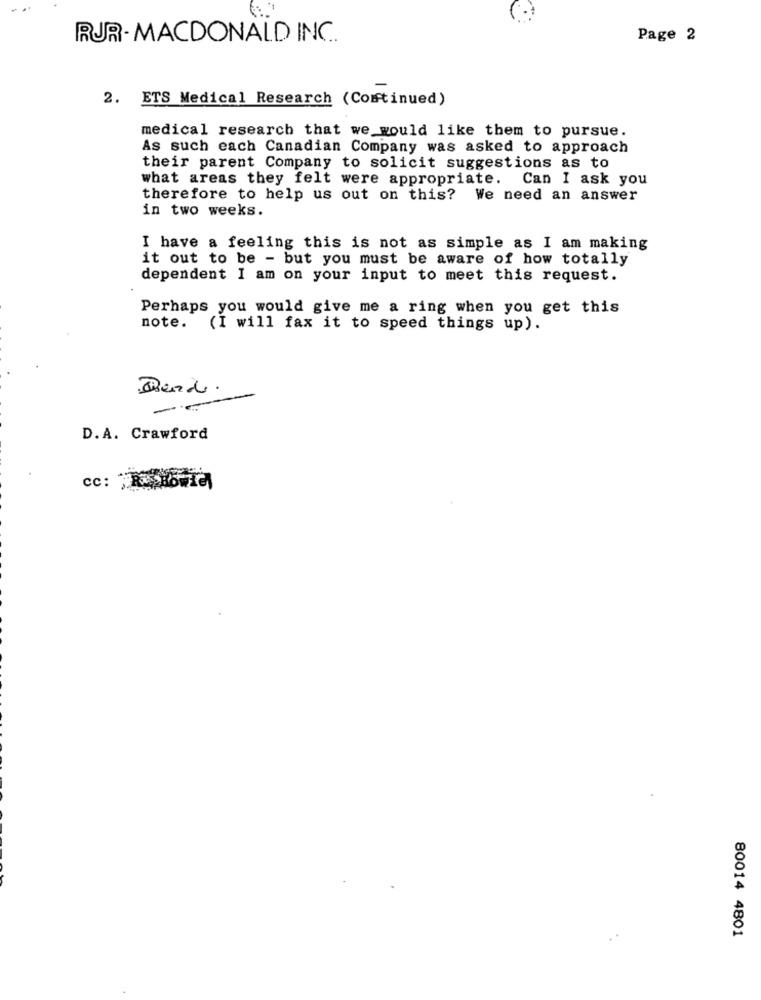
RJR. MACDONALD INC.
Page 2
2. ETS Medical Research (Continued)
medical research that we would like them to pursue.
As such each Canadian Company was asked to approach
their parent Company to solicit suggestions as to
what areas they felt were appropriate.
Can I ask you
therefore to help us out on this? We need an answer
in two weeks.
I have a feeling this is not as simple as I am making
it out to be - but you must be aware of how totally
dependent I am on your input to meet this request.
Perhaps you would give me a ring when you get this
note.
(I will fax it to speed things up).
Rend.
D.A. Crawford
80014 4801